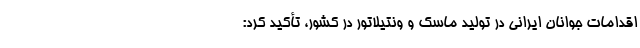
اقدامات جوانان ایرانی در تولید ماسک و ونتیلاتور در کشور، تأکید کرد: